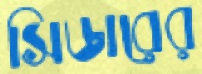
সিডারের